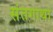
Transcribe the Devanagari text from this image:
संतगाथा